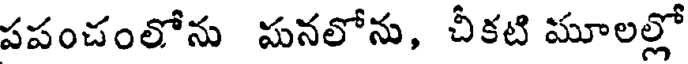
పపంచంలోను పనలోను, చీకటి మూలల్లో